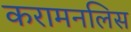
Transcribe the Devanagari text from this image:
करामनलिस